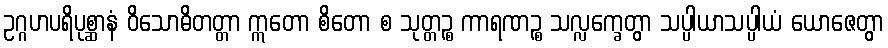
ဥဂ္ဂဟပရိပုစ္ဆာနံ ဝိသောဓိတတ္တာ ဣတော စိတော စ သုတ္တဉ္စ ကာရဏဉ္စ သလ္လက္ခေတွာ သပ္ပါယာသပ္ပါယံ ယောဇေတွာ